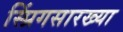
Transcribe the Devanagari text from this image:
स्प्रिंगसारख्या